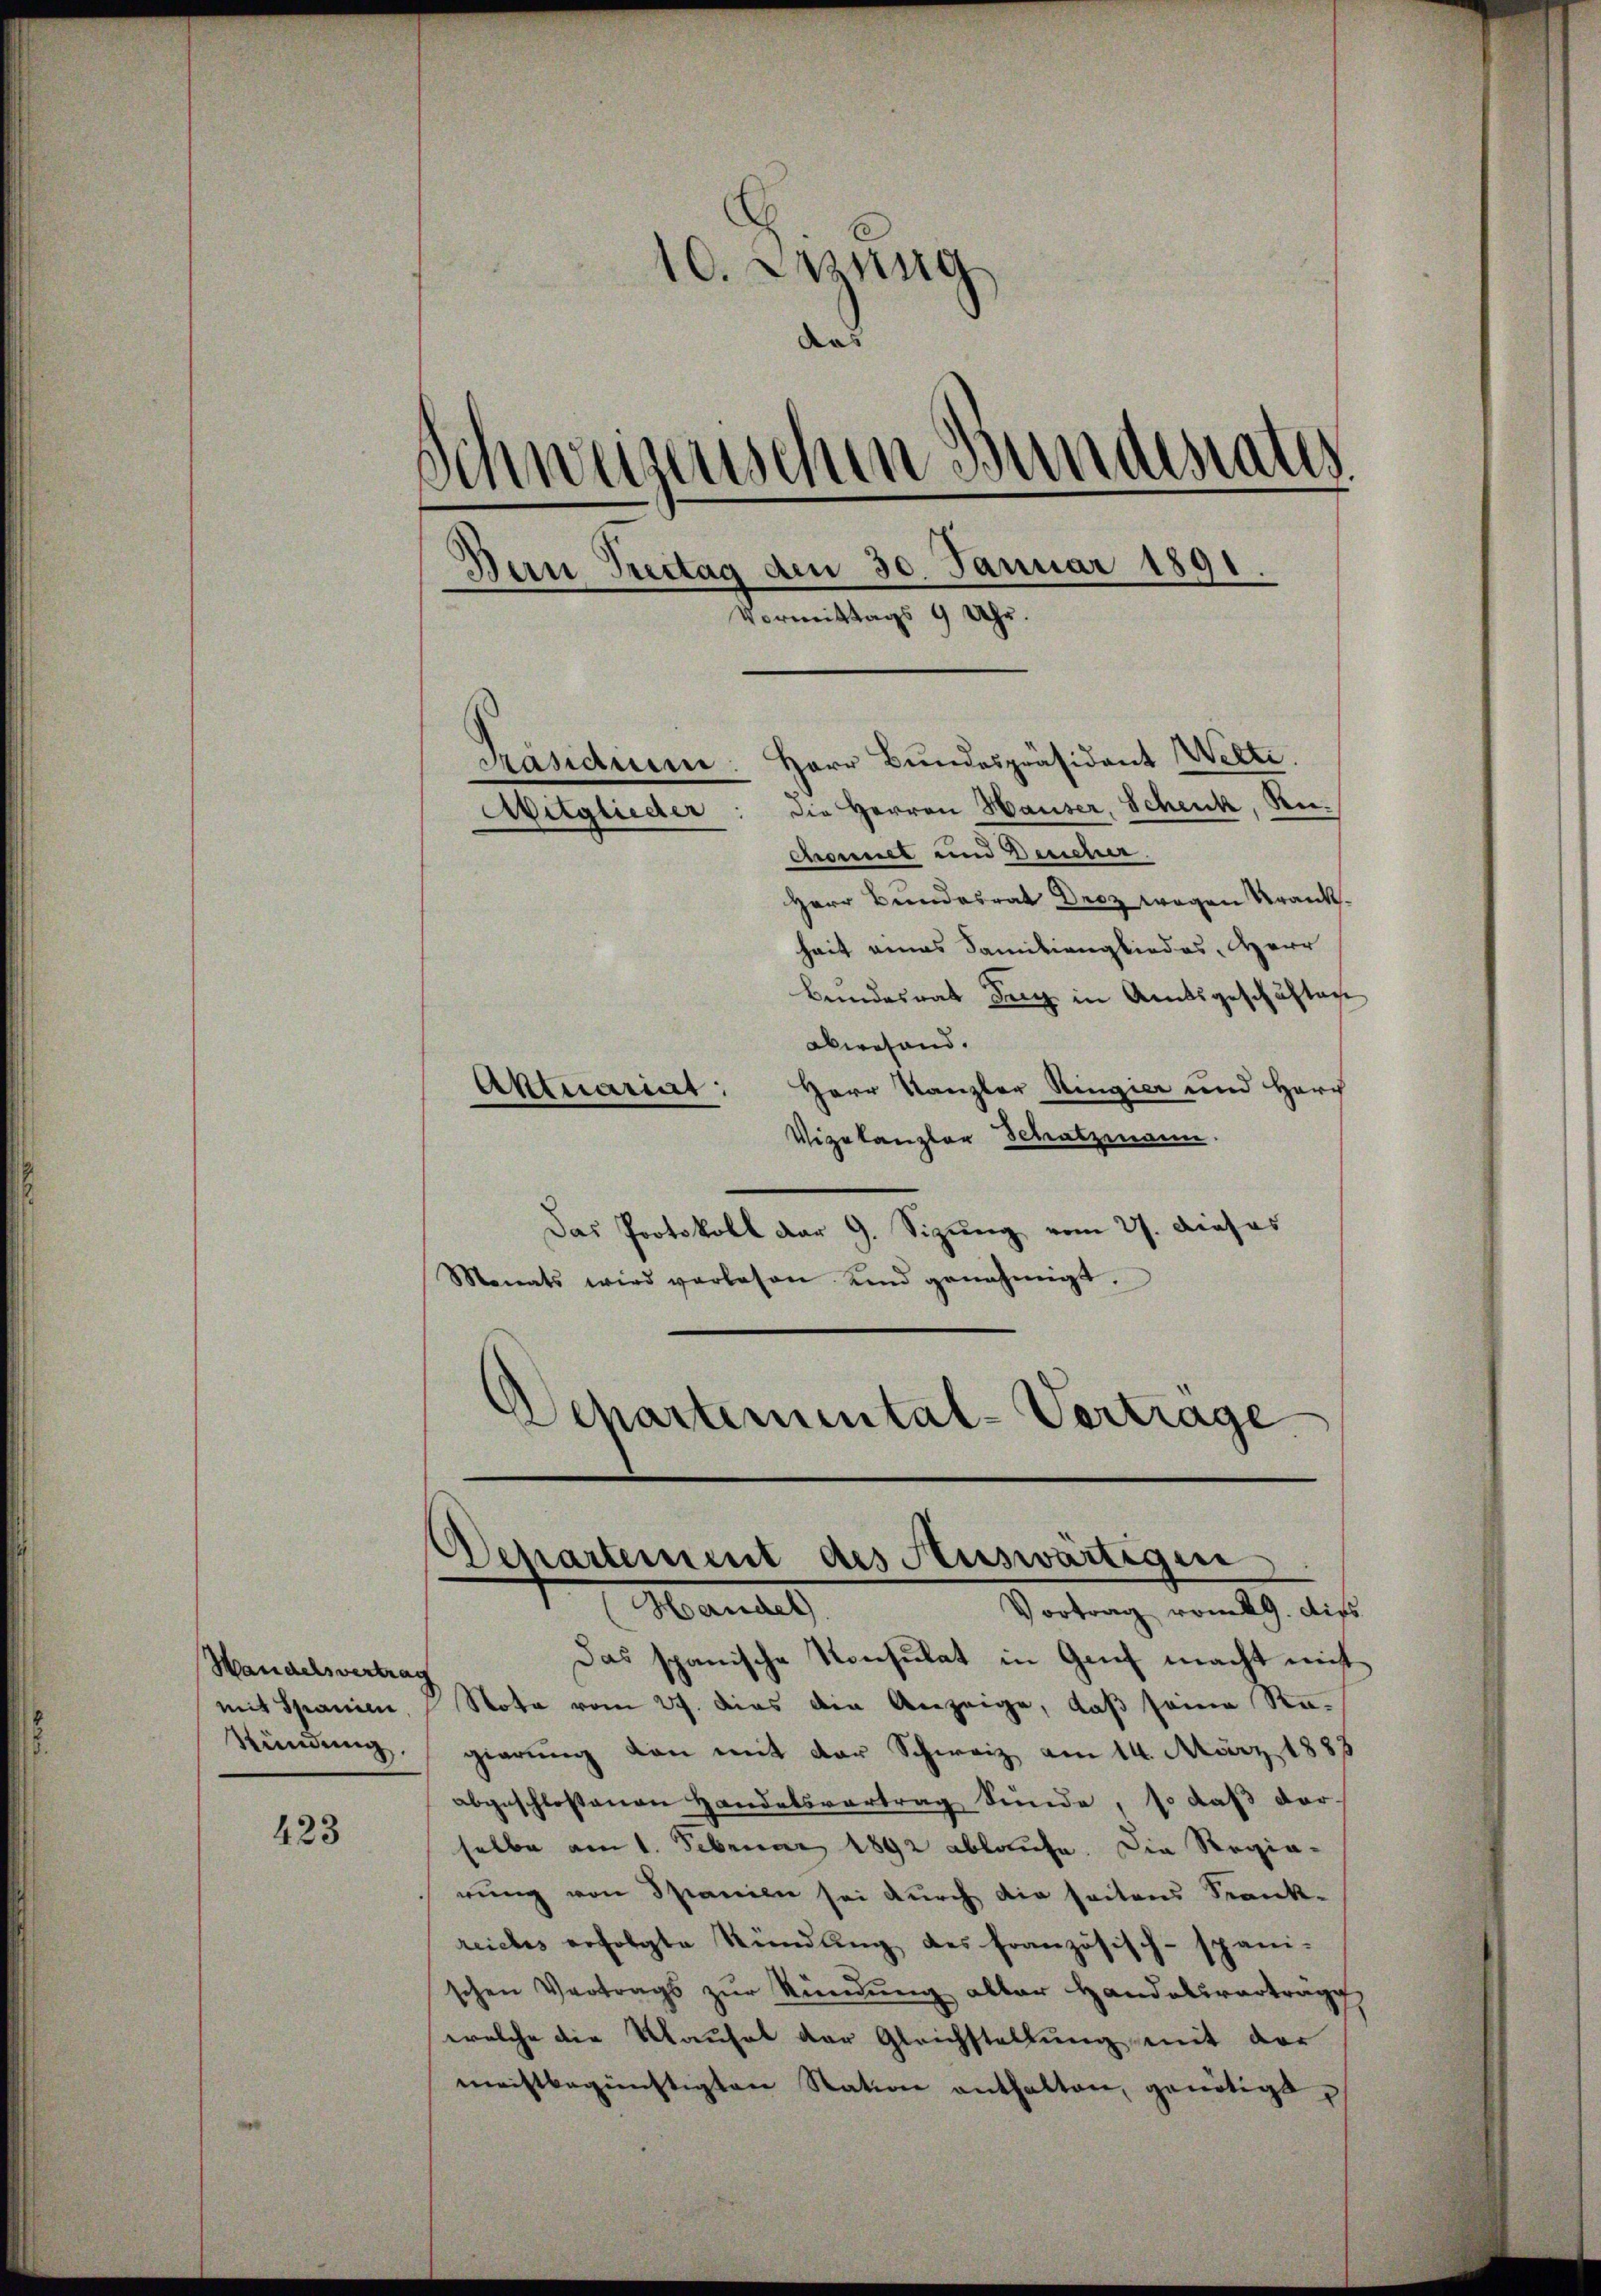
Handelsvertrag
mit Spanien
Kündung.

423

10. Jung
¬
Schweizerischen Bundesraths
Den Brettag den 30. Januar 1891
Vormittags 9 Uhr.
Präsidium: Herr Bundespräsident Welte.
Witglieder: die Herren Hauser, Schenk, Rechamel und Deucher
Herr Bundesrat Drcz wegen Krankheit eines Familiengliedes, Herr

Bundesrat der in Amtsgeschäften
abwesend.
Herr Kanzler Ringier und Horg
Vizekanzler Schatzmann.
Das Protokoll dar 9. Sizung vom 27. dieses
Monats wird verlesen und genehmigt.
Departemental-Vertrage

Aktuariit:

Das spanische Konsulat in Genf macht mit
Note vom 27. dies die Anzeige, daß seine Ragierung von mit der Schweiz am 14. März 1883
abgeschlossenen Handelsvertrag sende, so daß der
selbe am 1. Februar 1892 ablaufe. Die Regia-
rung von Spanien sei durch die seitens Krank-
reiches erfolgte Kündung des französisch-spani-
schen Vertrags zŭr Kündŭng aller Handelsverträge
welche die Kausal der Gleichstellung mit der
meistbegünstigten Station enthalten, genötigt,

Departement des Auswärtigen
Handel
Vortrag vom 19. dies